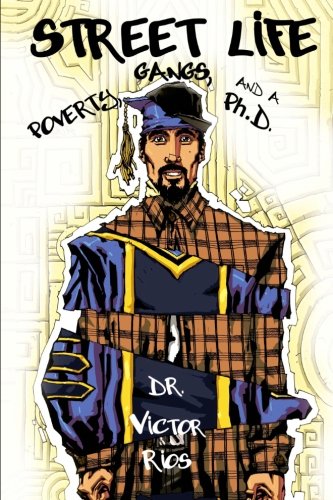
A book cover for Street Life: Poverty, Gangs, and a Ph.D.; Victor M. Rios; Teen & Young Adult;